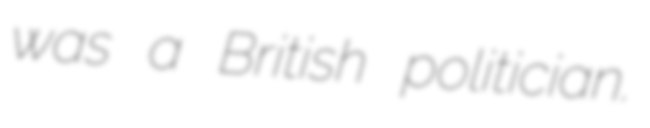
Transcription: was a British politician.